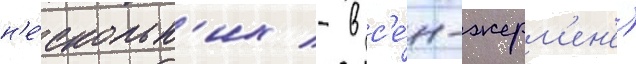
н'е́скольк'их - в с'е́н-жерм'ен'е)